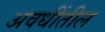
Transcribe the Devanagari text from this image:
अवधींतील